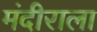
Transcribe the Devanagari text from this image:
मंदीराला